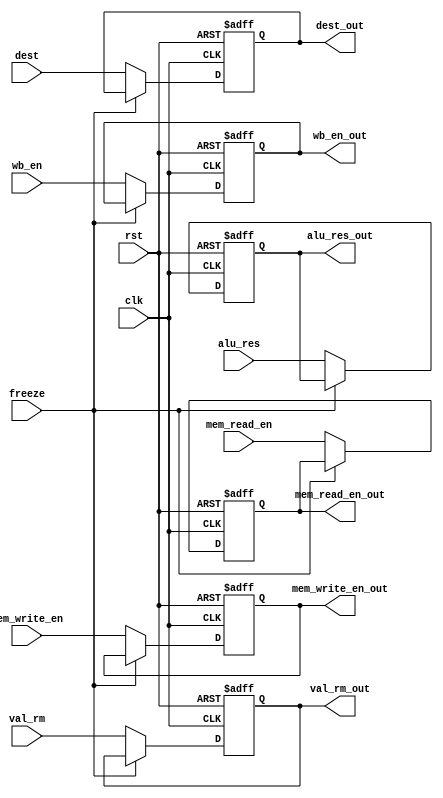
module ExReg (
    clk,
    rst,
    freeze,
    wb_en,
    mem_read_en,
    mem_write_en,
    alu_res,
    val_rm,
    dest,
    wb_en_out,
    mem_read_en_out,
    mem_write_en_out,
    alu_res_out,
    val_rm_out,
    dest_out
);
    input clk, rst;
    input wb_en, mem_read_en, mem_write_en, freeze;
    input [3:0] dest;
    input [31:0] alu_res, val_rm;

    output reg wb_en_out, mem_read_en_out, mem_write_en_out;
    output reg [3:0] dest_out;
    output reg [31:0] alu_res_out, val_rm_out;
    always @(posedge clk, posedge rst) begin
        if (rst) begin
            {wb_en_out, mem_read_en_out, mem_write_en_out} <= 3'd0;
            dest_out <= 4'd0;
            alu_res_out <= 32'd0;
            val_rm_out <= 32'd0;
        end
        else if(~freeze) begin
            wb_en_out <= wb_en;
            mem_read_en_out <= mem_read_en;
            mem_write_en_out <= mem_write_en;
            dest_out <= dest;
            alu_res_out <= alu_res;
            val_rm_out <= val_rm;
        end
    end
endmodule